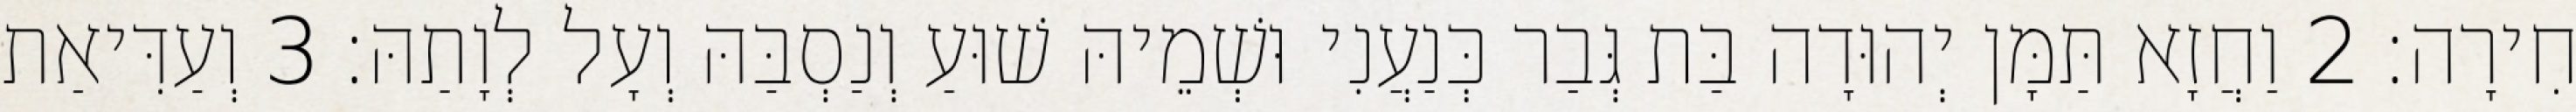
חִירָה׃ 2 וַחֲזָא תַּמָּן יְהוּדָה בַּת גְּבַר כְּנַעֲנִי וּשְׁמֵיהּ שׁוּעַ וְנַסְבַּהּ וְעָל לְוָתַהּ׃ 3 וְעַדִּיאַת